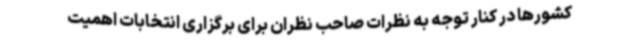
کشورها در کنار توجه به نظرات صاحب نظران برای برگزاری انتخابات اهمیت